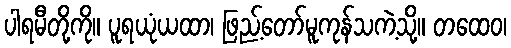
ပါရမီတို့ကို။ ပူရယုံယထာ၊ ဖြည့်တော်မူကုန်သကဲ့သို့။ တထေဝ၊